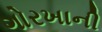
ગોરખાની